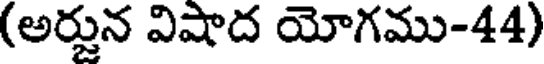
(అర్జున విషాద యోగము-44)